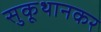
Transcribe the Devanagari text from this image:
सुकूथानकर